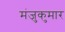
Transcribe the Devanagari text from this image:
मंजुकुमार